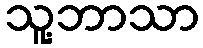
သူ့ဘာသာ